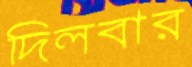
দিলবার